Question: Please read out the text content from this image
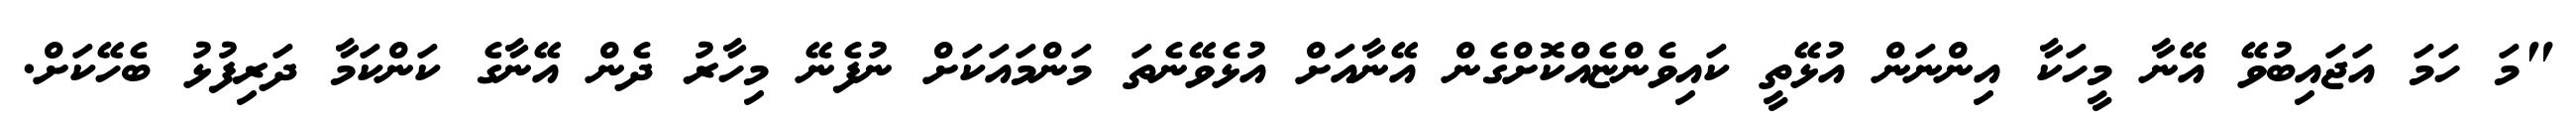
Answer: "މަ ހަމަ އަޖައިބުވޭ އޭނާ މީހަކާ އިންނަން އުޅޭތީ ކައިވެންޏެއްކޮށްގެން އޭނާއަށް އުޅެވޭނެތަ މަންމައަކަށް ނުފެނޭ މިހާރު ދެން އޭނާގެ ކަންކަމާ ދަރިފުޅު ބެހޭކަށް.